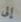
إلى